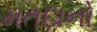
મતદાનો